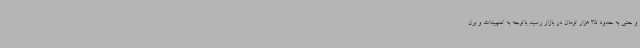
و حتی به حدود 35 هزار تومان در بازار رسید باتوجه به تمهیدات و برن